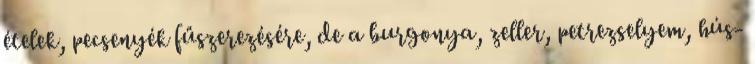
ételek, pecsenyék fűszerezésére, de a burgonya, zeller, petrezselyem, hús-